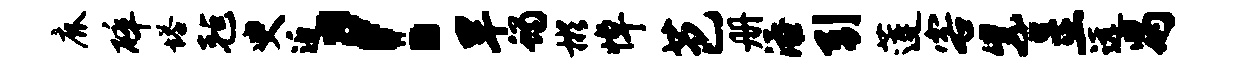
鹿碎塔毡臾近！旱蝎彬悼芭册添引莲客紫呈远舄